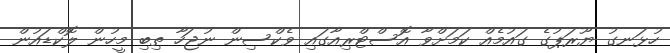
ހުޅަނގު ޔޫރަޕުގެ ގައުމެއް ކަމަށްވާ އޮސްޓްރިއާގައި ވެކްސިން ނުޖަހާ ތިބި މީހުން ލޮކްޑައުން